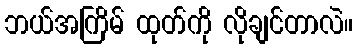
ဘယ်အကြိမ် ထုတ်ကို လိုချင်တာလဲ။